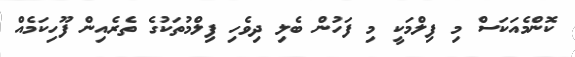
ކޮންމެއަކަސް މި ފިލްމަކީ މި ފަހުން ބެލި ދިވެހި ފިލްމުތަކުގެ ތެރެއިން ފޫހިކަމެއް